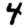
Digit: 4